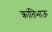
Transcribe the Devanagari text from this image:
क्रांतिभाऊ